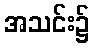
အသင်း၌